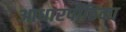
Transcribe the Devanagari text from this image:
आधारपीठिका